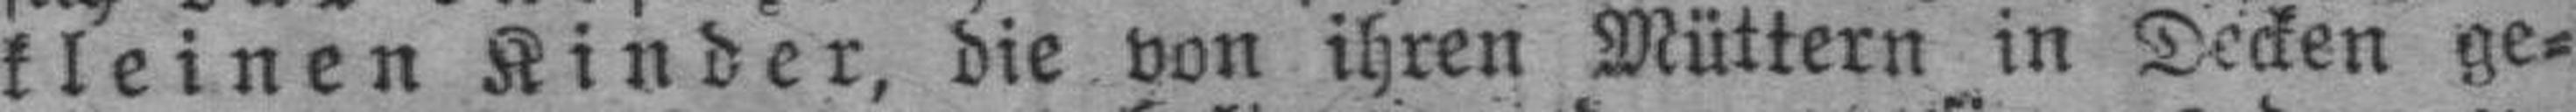
kleinen Kinder, die von ihren Müttern in Decken ge¬